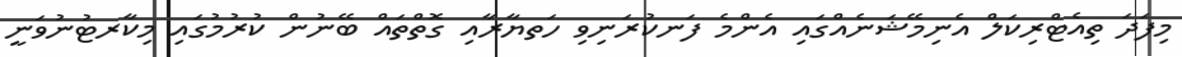
މިފަދަ ތިއެޓްރިކަލް އެނިމޭޝަނެއްގައި އެންމެ ފަނކުރަނިވި ހަތޔާރާއި ގޮތްތައް ބޭނުން ކުރުމުގައި މިކާރޓުނުވަނީ